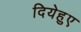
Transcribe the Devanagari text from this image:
दियेहुए